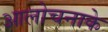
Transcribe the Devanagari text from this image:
आलोचनाके